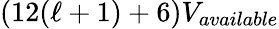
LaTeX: (12(\ell+1)+6)V_{available}